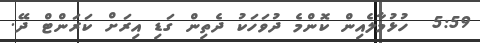
5:59  ހުޅުމާލެއިން ކޮންމެ ދުވަހަކު ދެތިން ގަޑި އިރަށް ކަރަންޓް ދޭ.